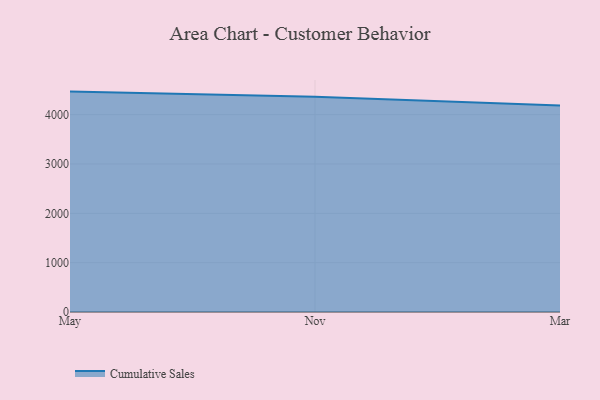
{"axis": {"x": "Month", "y": "Website Visitors"}, "legend": ["Cumulative Sales"], "data": [{"x": "May", "y": 4466.9, "type": "Cumulative Sales"}, {"x": "Nov", "y": 4360.6, "type": "Cumulative Sales"}, {"x": "Mar", "y": 4187.2, "type": "Cumulative Sales"}]}